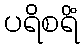
ပရိစရိံ